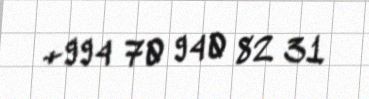
+994 70 940 82 31